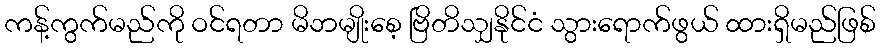
ကန့်ကွက်မည်ကို ဝင်ရတာ မိဘမျိုးစေ့ ဗြိတိသျှနိုင်ငံ သွားရောက်ဖွယ် ထားရှိမည်ဖြစ်